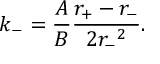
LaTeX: k _ { - } = \frac { A } { B } \frac { r _ { + } - r _ { - } } { 2 { r _ { - } } ^ { 2 } } .